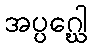
အပ္ပဂ္ဃေါ